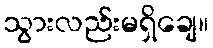
သွားလည်းမရှိချေ။